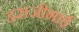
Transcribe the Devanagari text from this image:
हराजीभाई